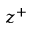
z ^ { + }